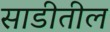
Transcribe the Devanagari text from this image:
साडीतील